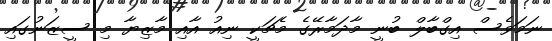
ނަމަވެސް އިގްބާލް ބުނީ މާދަމާރޭގެ މެޗަކީ ނިއު އާއި މާޒިޔާ މި ސީޒަނުގައި